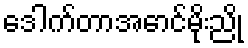
ဒေါက်တာအောင်မိုးညို